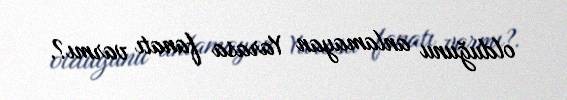
olduğunu anlamayan Yarasa fanatı varmı?.